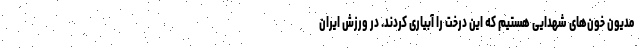
مدیون خون‌های شهدایی هستیم که این درخت را آبیاری کردند. در ورزش ایران